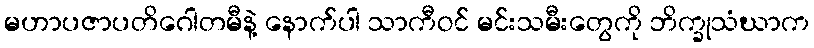
မဟာပဇာပတိဂေါတမီနဲ့ နောက်ပါ သာကီဝင် မင်းသမီးတွေကို ဘိက္ခုသံဃာက